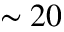
\sim 2 0